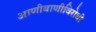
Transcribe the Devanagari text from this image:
आणीबाणीविरोधी